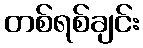
တစ်ရစ်ချင်း